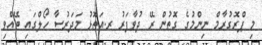
މި ޕްރޮގުރާމް ނިންމުގެ ގޮތުން ރޭ ދުވާފަރު ރ.އަތޮޅު މަދަރުސާ ހޯލްގައި ބޭއްވި